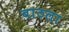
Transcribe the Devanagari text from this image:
बाठला